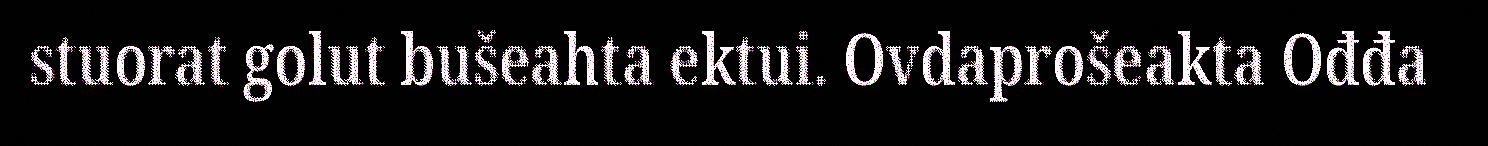
stuorat golut bušeahta ektui. Ovdaprošeakta Ođđa